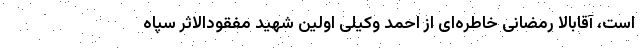
است، آقابالا رمضانی خاطره‌ای از احمد وکیلی اولین شهید مفقودالاثر سپاه